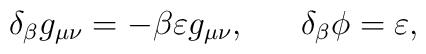
\delta_{\beta}g_{\mu\nu}=-\beta\varepsilon g_{\mu\nu},\ \ \ \ \ \delta_{\beta}\phi=\varepsilon,